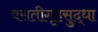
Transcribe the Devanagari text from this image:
वसतीगृहसुद्धा